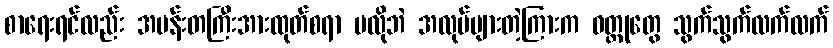
စာရေးရင်လည်း အပန်းတကြီးအားထုတ်စရာ မလိုဘဲ အလုပ်များတဲ့ကြားက ဝတ္ထုတွေ သွက်သွက်လက်လက်